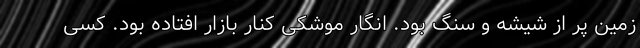
زمین پر از شیشه و سنگ بود. انگار موشکی کنار بازار افتاده بود. کسی